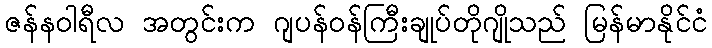
ဇန်နဝါရီလ အတွင်းက ဂျပန်ဝန်ကြီးချုပ်တိုဂျိုသည် မြန်မာနိုင်ငံ